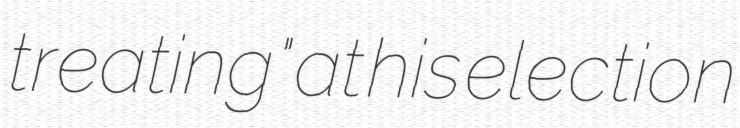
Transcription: treating" at his election